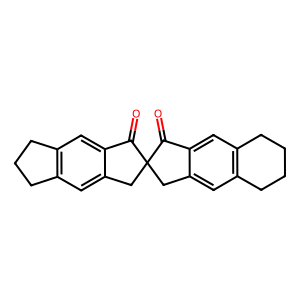
SMILES: O=C1c2cc3c(cc2CC12Cc1cc4c(cc1C2=O)CCC4)CCCC3
Inhibits HIV replication: No